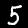
Label: 5